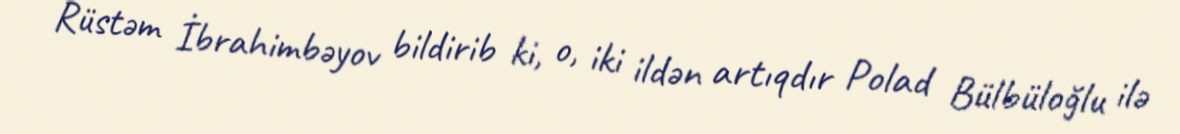
Rüstəm İbrahimbəyov bildirib ki, o, iki ildən artıqdır Polad Bülbüloğlu ilə